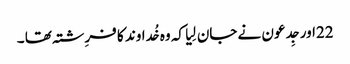
22اور جِدعو ن نے جان لِیا کہ وہ خُداوند کا فرِشتہ تھا ۔